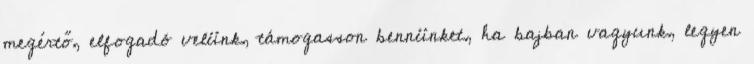
megértő, elfogadó velünk, támogasson bennünket, ha bajban vagyunk, legyen